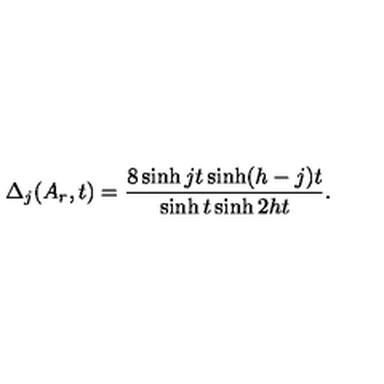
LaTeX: \Delta _ { j } ( A _ { r } , t ) = \frac { 8 \sinh j t \sinh ( h - j ) t } { \sinh t \sinh 2 h t } .